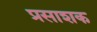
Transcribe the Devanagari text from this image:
प्रसाशक